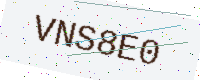
Text: VNS8E0